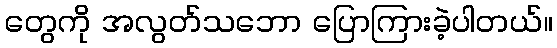
တွေကို အလွတ်သဘော ပြောကြားခဲ့ပါတယ်။